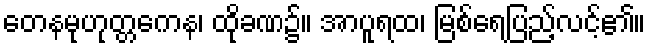
တေနမုဟုတ္တကေန၊ ထိုခဏ၌။ အာပူရထ၊ မြစ်ရေပြည့်လင့်၏။